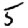
Digit: 5